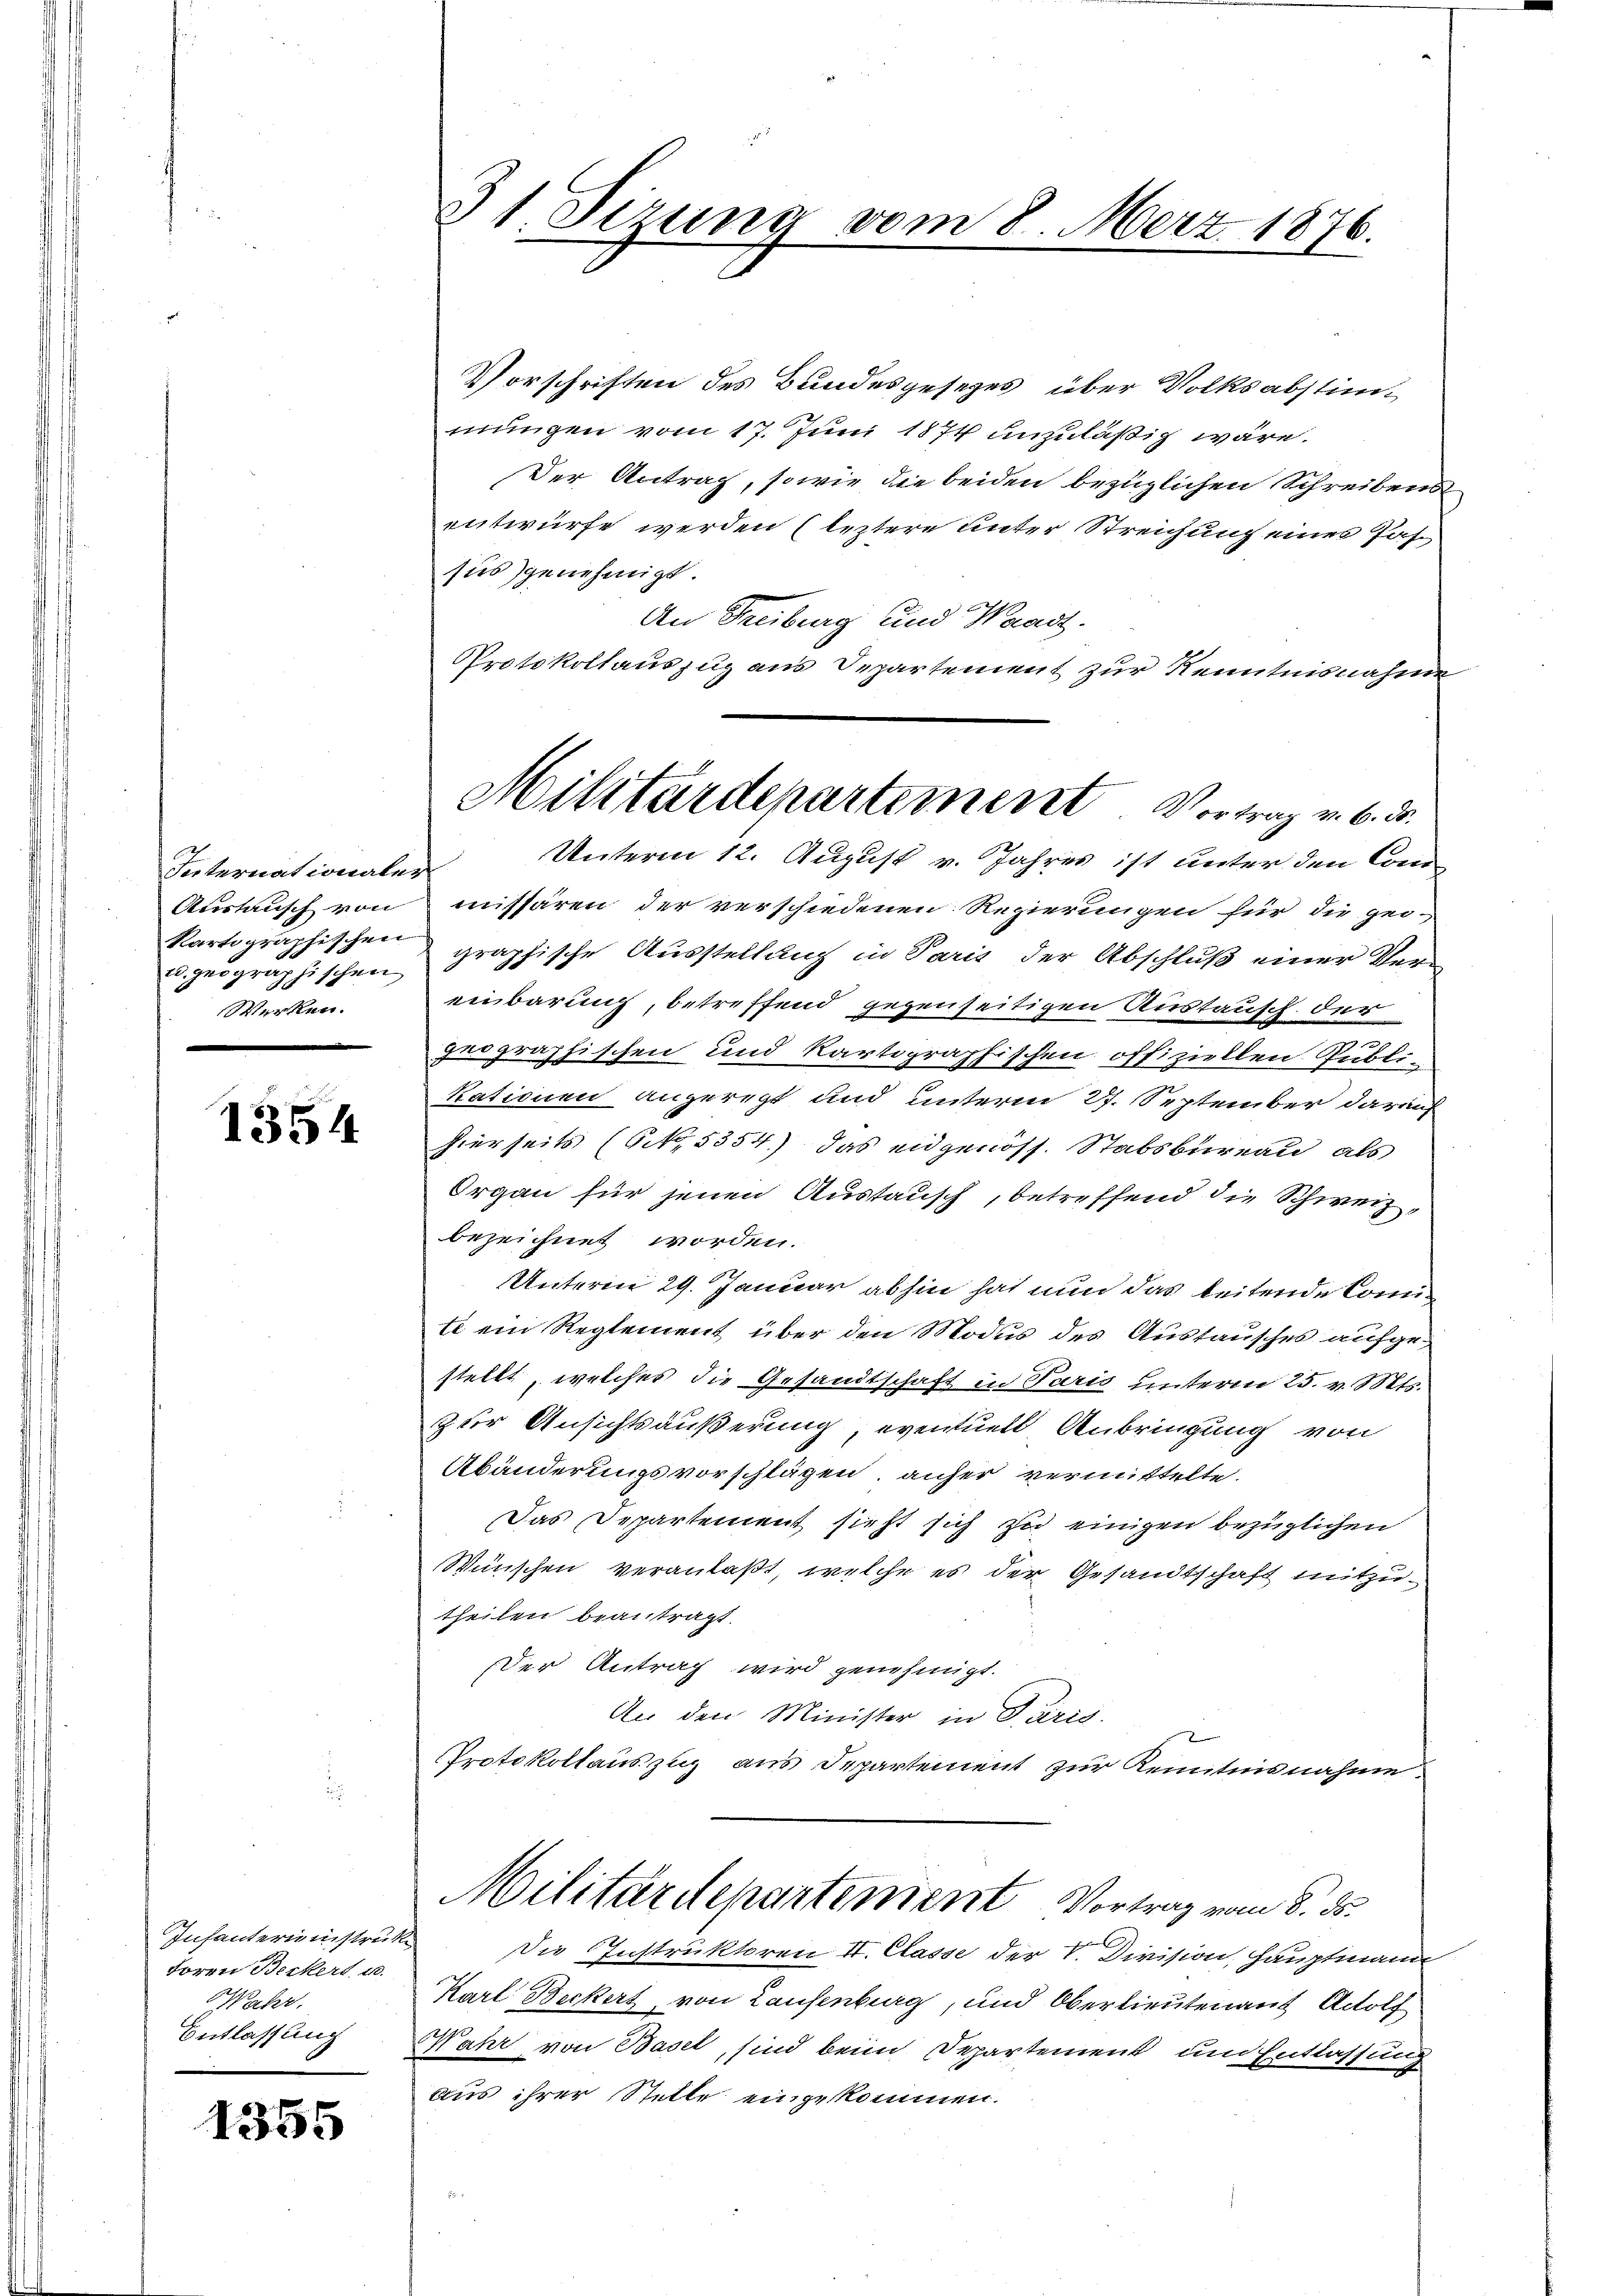
Internationaler
2. geographischen
Werken.

1354

Infanterienstruk¬
Foren Beckert u.
Mahr.
Entlassung

1355

31. Sizung vom 8. März 1876.

Vorschriften des Bundesgesetzes über Volksabstim-
mungen vom 17. Juni 1874 unzuläßig wäre.
Der Antrag, sowie die beiden bezüglichen Schreibens
entwürfe werden (letztere Unter Streichung eines Jahsies genehmigt.

An Treiburg und Waadt.
Protokollauszug aus Departement zur Kenntnisnahme
Unterm 12. August v. Jahres ist unter den Com¬
Austausch von missären der verschiedenen Regierungen für die gei-
kartographischen graphische Ausstellung in Paris der Abschluß einer Vereinbarung, betreffend gegenseitigen Austausch der
geographischen und kartographischen offiziellen Publi-
kationen angeregt und unterm 27. September darauf
hierseits (NNo. 5354) das eidgenöss. Stabsbureau, als
Organ für jenen Austausch, betreffend die Schweizbezeichnet worden.
UUnterm 29. Januar abhin hat nun das beitende Com¬
Ei ein Reglement über den Modus des Austausches aufgestellt, welches die Gesandtschaft in Paris unterm 25. v. Mts.
zter Ansichtsäußerung, eventuell Anbringung von
Abänderungsvorschlägen, anher vermittelte.
Das Departement sieht sich zu einigen bezüglichen
Wünschen veranlaßt, welche es der Gesandtschaft mitzutheilen beantragt.
Der Antrag wird genehmigt.
An den Minister in Paris.
8
Protokollauszug aus Departement zur Kenntnisnahme.

Militärdepartement Vortrag v. 6. d.

Militärdepartement Vortrag vom 8. ds.
C

Die Instruktoren II. Classe der V. Division, Hauptmann
Karl Beckert von Laufenburg, und Oberlieutenauf Adolf
Wahr von Basel, sind beim Departement und Entlassung
aus ihrer Stelle eingekommen.